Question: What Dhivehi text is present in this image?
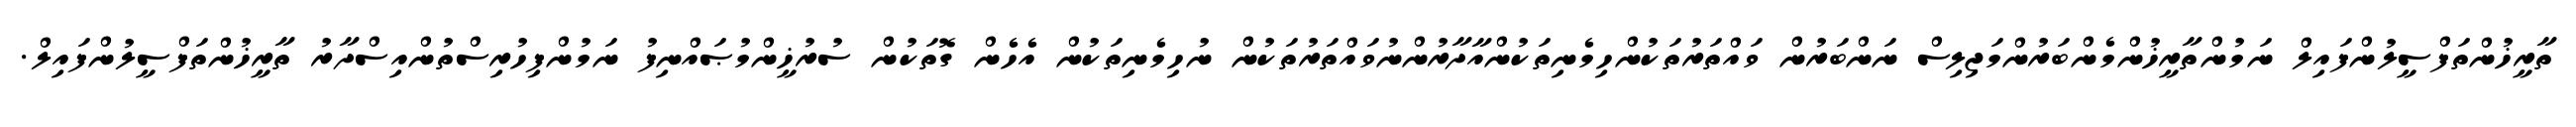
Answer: ތާރީޚުންތަފްސީލުންފައިލް ނަމުންތާރީޚުންމެންބަރުންމަޖިލިސް ނަންބަރުން ވައްތަރުތަކުންހިމެނިތަކުންއާދާރުންނުވައްތަރުތަކުން ނުހިމެނިތަކުން އެހެން ގޮތަކުން ސުރުޚީންމުޞައްނިފު ނަމުންފިހުރިސްތުންއިސްދާރު ތާރީޚުންތަފްސީލުންފައިލް.